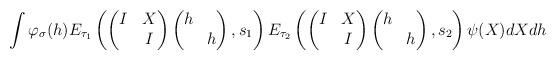
LaTeX: \begin{align*}\int\varphi_{\sigma}(h)E_{\tau_1}\left ( \begin{pmatrix} I&X\\ &I\end{pmatrix}\begin{pmatrix} h&\\&h\end{pmatrix},s_1\right )E_{\tau_2}\left ( \begin{pmatrix} I&X\\ &I\end{pmatrix}\begin{pmatrix} h&\\&h\end{pmatrix},s_2\right ) \psi(X)dXdh\end{align*}